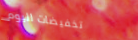
تخفيضات اليوم